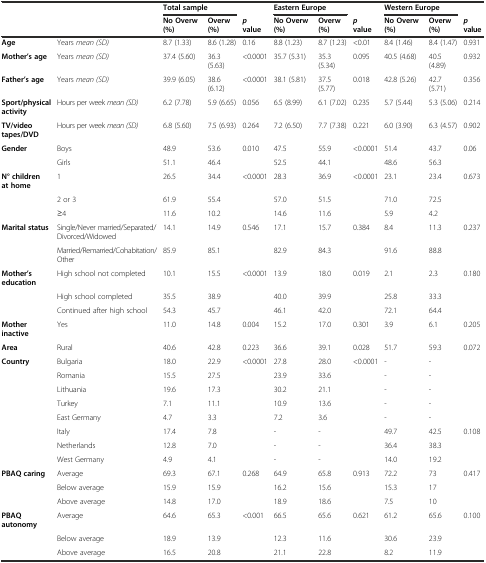
<table><thead><tr><td></td><td></td><td colspan="2"><b>Total sample</b></td><td></td><td colspan="2"><b>Eastern Europe</b></td><td></td><td colspan="2"><b>Western Europe</b></td><td></td></tr><tr><td></td><td></td><td><b>No Overw (%)</b></td><td><b>Overw (%)</b></td><td><b><i>p</i>value</b></td><td><b>No Overw (%)</b></td><td><b>Overw (%)</b></td><td><b><i>p</i>value</b></td><td><b>No Overw (%)</b></td><td><b>Overw (%)</b></td><td><b><i>p</i>value</b></td></tr></thead><tbody><tr><td><b>Age</b></td><td>Years <i>mean (SD)</i></td><td>8.7 (1.33)</td><td>8.6 (1.28)</td><td>0.16</td><td>8.8 (1.23)</td><td>8.7 (1.23)</td><td>&lt;0.01</td><td>8.4 (1.46)</td><td>8.4 (1.47)</td><td>0.931</td></tr><tr><td><b>Mother’s age</b></td><td>Years <i>mean (SD)</i></td><td>37.4 (5.60)</td><td>36.3 (5.63)</td><td>&lt;0.0001</td><td>35.7 (5.31)</td><td>35.3 (5.34)</td><td>0.095</td><td>40.5 (4.68)</td><td>40.5 (4.89)</td><td>0.932</td></tr><tr><td><b>Father’s age</b></td><td>Years <i>mean (SD)</i></td><td>39.9 (6.05)</td><td>38.6 (6.12)</td><td>&lt;0.0001</td><td>38.1 (5.81)</td><td>37.5 (5.77)</td><td>0.018</td><td>42.8 (5.26)</td><td>42.7 (5.71)</td><td>0.356</td></tr><tr><td><b>Sport/physical activity</b></td><td>Hours per week <i>mean (SD)</i></td><td>6.2 (7.78)</td><td>5.9 (6.65)</td><td>0.056</td><td>6.5 (8.99)</td><td>6.1 (7.02)</td><td>0.235</td><td>5.7 (5.44)</td><td>5.3 (5.06)</td><td>0.214</td></tr><tr><td><b>TV/video tapes/DVD</b></td><td>Hours per week <i>mean (SD)</i></td><td>6.8 (5.60)</td><td>7.5 (6.93)</td><td>0.264</td><td>7.2 (6.50)</td><td>7.7 (7.38)</td><td>0.221</td><td>6.0 (3.90)</td><td>6.3 (4.57)</td><td>0.902</td></tr><tr><td><b>Gender</b></td><td>Boys</td><td>48.9</td><td>53.6</td><td>0.010</td><td>47.5</td><td>55.9</td><td>&lt;0.0001</td><td>51.4</td><td>43.7</td><td>0.06</td></tr><tr><td></td><td>Girls</td><td>51.1</td><td>46.4</td><td></td><td>52.5</td><td>44.1</td><td></td><td>48.6</td><td>56.3</td><td></td></tr><tr><td><b>N° children at home</b></td><td>1</td><td>26.5</td><td>34.4</td><td>&lt;0.0001</td><td>28.3</td><td>36.9</td><td>&lt;0.0001</td><td>23.1</td><td>23.4</td><td>0.673</td></tr><tr><td></td><td>2 or 3</td><td>61.9</td><td>55.4</td><td></td><td>57.0</td><td>51.5</td><td></td><td>71.0</td><td>72.5</td><td></td></tr><tr><td></td><td>≥4</td><td>11.6</td><td>10.2</td><td></td><td>14.6</td><td>11.6</td><td></td><td>5.9</td><td>4.2</td><td></td></tr><tr><td><b>Marital status</b></td><td>Single/Never married/Separated/Divorced/Widowed</td><td>14.1</td><td>14.9</td><td>0.546</td><td>17.1</td><td>15.7</td><td>0.384</td><td>8.4</td><td>11.3</td><td>0.237</td></tr><tr><td></td><td>Married/Remarried/Cohabitation/Other</td><td>85.9</td><td>85.1</td><td></td><td>82.9</td><td>84.3</td><td></td><td>91.6</td><td>88.8</td><td></td></tr><tr><td><b>Mother’s education</b></td><td>High school not completed</td><td>10.1</td><td>15.5</td><td>&lt;0.0001</td><td>13.9</td><td>18.0</td><td>0.019</td><td>2.1</td><td>2.3</td><td>0.180</td></tr><tr><td></td><td>High school completed</td><td>35.5</td><td>38.9</td><td></td><td>40.0</td><td>39.9</td><td></td><td>25.8</td><td>33.3</td><td></td></tr><tr><td></td><td>Continued after high school</td><td>54.3</td><td>45.7</td><td></td><td>46.1</td><td>42.0</td><td></td><td>72.1</td><td>64.4</td><td></td></tr><tr><td><b>Mother inactive</b></td><td>Yes</td><td>11.0</td><td>14.8</td><td>0.004</td><td>15.2</td><td>17.0</td><td>0.301</td><td>3.9</td><td>6.1</td><td>0.205</td></tr><tr><td><b>Area</b></td><td>Rural</td><td>40.6</td><td>42.8</td><td>0.223</td><td>36.6</td><td>39.1</td><td>0.028</td><td>51.7</td><td>59.3</td><td>0.072</td></tr><tr><td><b>Country</b></td><td>Bulgaria</td><td>18.0</td><td>22.9</td><td>&lt;0.0001</td><td>27.8</td><td>28.0</td><td>&lt;0.0001</td><td>-</td><td>-</td><td></td></tr><tr><td></td><td>Romania</td><td>15.5</td><td>27.5</td><td></td><td>23.9</td><td>33.6</td><td></td><td>-</td><td>-</td><td></td></tr><tr><td></td><td>Lithuania</td><td>19.6</td><td>17.3</td><td></td><td>30.2</td><td>21.1</td><td></td><td>-</td><td>-</td><td></td></tr><tr><td></td><td>Turkey</td><td>7.1</td><td>11.1</td><td></td><td>10.9</td><td>13.6</td><td></td><td>-</td><td>-</td><td></td></tr><tr><td></td><td>East Germany</td><td>4.7</td><td>3.3</td><td></td><td>7.2</td><td>3.6</td><td></td><td>-</td><td>-</td><td></td></tr><tr><td></td><td>Italy</td><td>17.4</td><td>7.8</td><td></td><td>-</td><td>-</td><td></td><td>49.7</td><td>42.5</td><td>0.108</td></tr><tr><td></td><td>Netherlands</td><td>12.8</td><td>7.0</td><td></td><td>-</td><td>-</td><td></td><td>36.4</td><td>38.3</td><td></td></tr><tr><td></td><td>West Germany</td><td>4.9</td><td>4.1</td><td></td><td>-</td><td>-</td><td></td><td>14.0</td><td>19.2</td><td></td></tr><tr><td><b>PBAQ caring</b></td><td>Average</td><td>69.3</td><td>67.1</td><td>0.268</td><td>64.9</td><td>65.8</td><td>0.913</td><td>72.2</td><td>73</td><td>0.417</td></tr><tr><td></td><td>Below average</td><td>15.9</td><td>15.9</td><td></td><td>16.2</td><td>15.6</td><td></td><td>15.3</td><td>17</td><td></td></tr><tr><td></td><td>Above average</td><td>14.8</td><td>17.0</td><td></td><td>18.9</td><td>18.6</td><td></td><td>7.5</td><td>10</td><td></td></tr><tr><td><b>PBAQ autonomy</b></td><td>Average</td><td>64.6</td><td>65.3</td><td>&lt;0.001</td><td>66.5</td><td>65.6</td><td>0.621</td><td>61.2</td><td>65.6</td><td>0.100</td></tr><tr><td></td><td>Below average</td><td>18.9</td><td>13.9</td><td></td><td>12.3</td><td>11.6</td><td></td><td>30.6</td><td>23.9</td><td></td></tr><tr><td></td><td>Above average</td><td>16.5</td><td>20.8</td><td></td><td>21.1</td><td>22.8</td><td></td><td>8.2</td><td>11.9</td><td></td></tr></tbody></table>